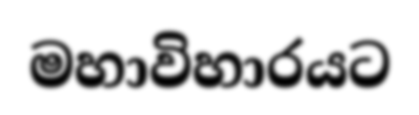
මහාවිහාරයට